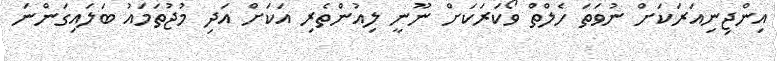
އިންޖިނިއަރަކަށް ނުވަތަ ހެލްތް ވޯކަރަކަށް ނޫނީ ލިއުންތެރި އަކަށް އަދި މުޖުތަމައު ބަލައިގަންނަ